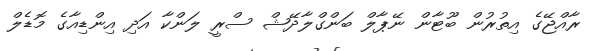
ރާއްޖޭގެ އިތުރުން ބޫޓާން ނޭޕާލް ބަންގްލާދޭޝް ސްރީ ލަންކާ އަދި އިންޑިއާގެ މޮޑެލް